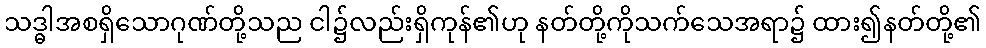
သဒ္ဓါအစရှိသောဂုဏ်တို့သည ငါ၌လည်းရှိကုန်၏ဟု နတ်တို့ကိုသက်သေအရာ၌ ထား၍နတ်တို့၏